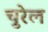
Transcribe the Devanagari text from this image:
चुरेल